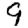
Digit: 9